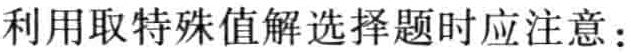
利用取特殊值解选择题时应注意：